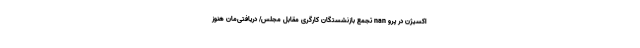
اکسیژن در پرو nan تجمع بازنشستگان کارگری مقابل مجلس/ دریافتی‌مان هنوز